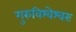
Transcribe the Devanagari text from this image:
गुरुविश्वेश्वरः